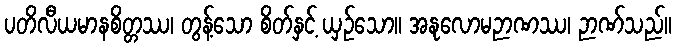
ပတိလီယမာနစိတ္တဿ၊ တွန့်သော စိတ်နှင့် ယှဉ်သော။ အနုလောမဉာဏဿ၊ ဉာဏ်သည်။